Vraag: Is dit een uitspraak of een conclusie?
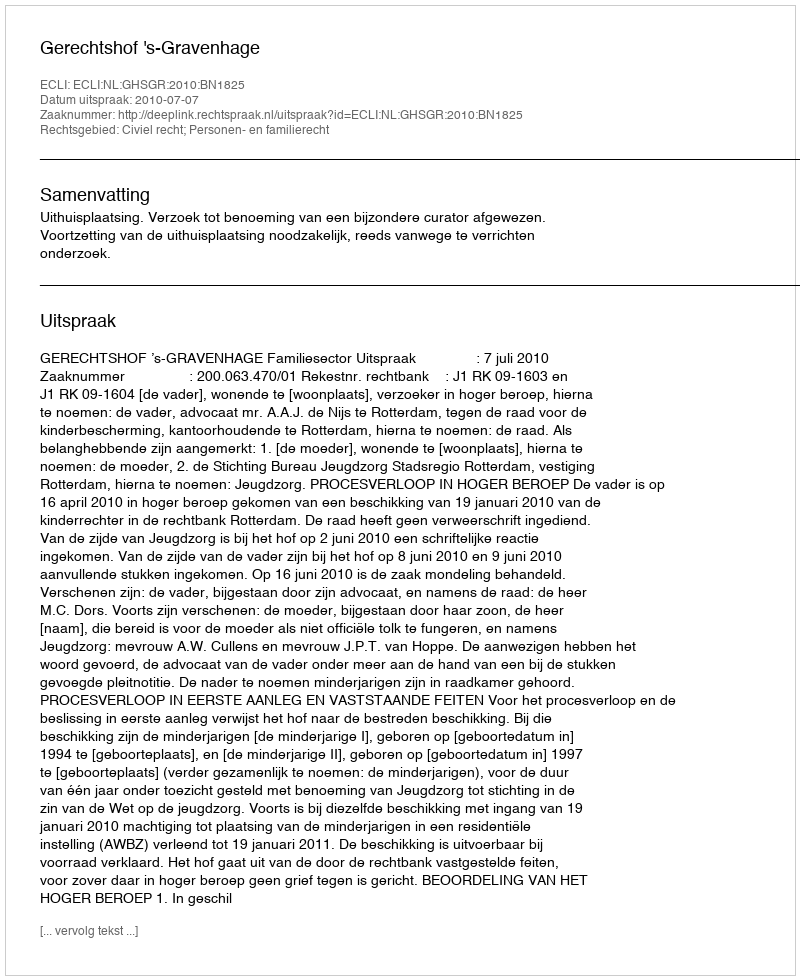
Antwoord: Uitspraak